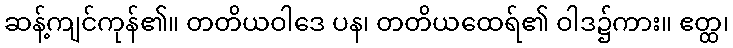
ဆန့်ကျင်ကုန်၏။ တတိယဝါဒေ ပန၊ တတိယထေရ်၏ ဝါဒ၌ကား။ ဧတ္ထ၊